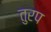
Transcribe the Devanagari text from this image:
तुरप